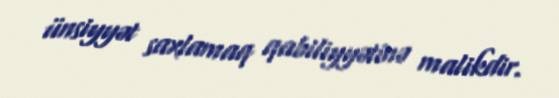
ünsiyyət saxlamaq qabiliyyətinə malikdir.